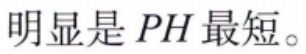
明显是 \(PH\) 最短。